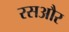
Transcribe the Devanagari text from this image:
रसऔर